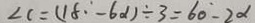
\angle C = ( 1 8 ^ { \circ } - 6 \alpha ) \div 3 = 6 0 - 2 \alpha